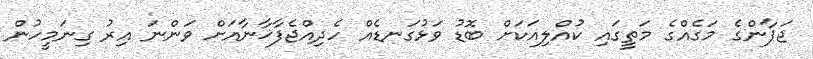
ޖަޕާންގެ މަގެއްގެ މަތީގައި ކުއްލިއަކަށް ބޮޑު ވަޅުގަނޑެއް ހެދިއްޖެފާޚާނާއަށް ވަންނަ އިރު ގިނަމީހުން